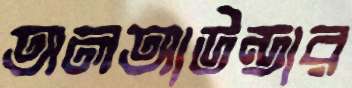
অলআউন্ডার